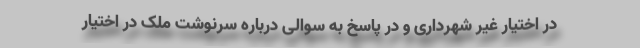
در اختیار غیرِ شهرداری و در پاسخ به سوالی درباره سرنوشت ملک در اختیار